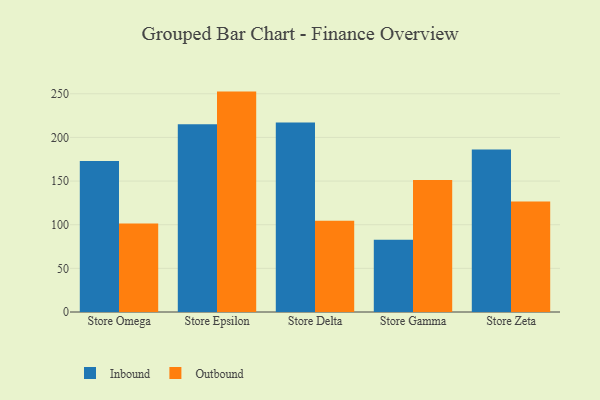
{"axis": {"x": "Store", "y": "Headcount"}, "legend": ["Inbound", "Outbound"], "data": [{"x": "Store Omega", "y": 173.1, "type": "Inbound"}, {"x": "Store Omega", "y": 101.3, "type": "Outbound"}, {"x": "Store Epsilon", "y": 215.1, "type": "Inbound"}, {"x": "Store Epsilon", "y": 252.5, "type": "Outbound"}, {"x": "Store Delta", "y": 217.1, "type": "Inbound"}, {"x": "Store Delta", "y": 104.4, "type": "Outbound"}, {"x": "Store Gamma", "y": 82.8, "type": "Inbound"}, {"x": "Store Gamma", "y": 151.3, "type": "Outbound"}, {"x": "Store Zeta", "y": 186.3, "type": "Inbound"}, {"x": "Store Zeta", "y": 126.7, "type": "Outbound"}]}